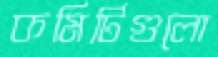
কমিটিগুলো